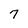
Character: 7